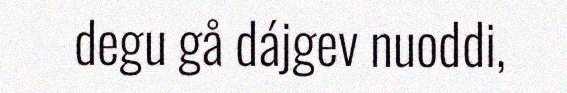
degu gå dájgev nuoddi,